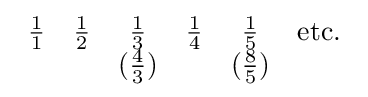
{\begin{array}{cccccc}{\frac {1}{1}}&{\frac {1}{2}}&{\frac {1}{3}}&{\frac {1}{4}}&{\frac {1}{5}}&\mathrm {etc.} \\&&({\frac {4}{3}})&&({\frac {8}{5}})\end{array}}